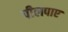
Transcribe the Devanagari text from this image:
पीलपाए